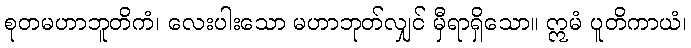
စုတမဟာဘူတိကံ၊ လေးပါးသော မဟာဘုတ်လျှင် မှီရာရှိသော။ ဣမံ ပူတိကာယံ၊